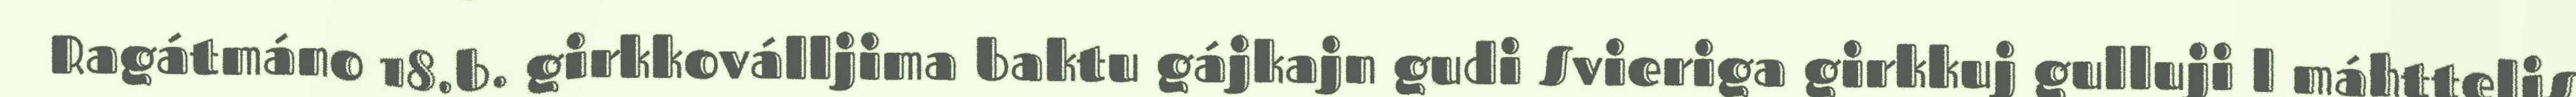
Ragátmáno 18.b. girkkoválljima baktu gájkajn gudi Svieriga girkkuj gulluji l máhttelis